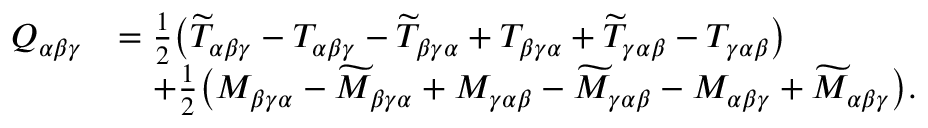
\begin{array} { r l } { Q _ { \alpha \beta \gamma } } & { = \frac { 1 } { 2 } \big ( \widetilde { T } _ { \alpha \beta \gamma } - T _ { \alpha \beta \gamma } - \widetilde { T } _ { \beta \gamma \alpha } + T _ { \beta \gamma \alpha } + \widetilde { T } _ { \gamma \alpha \beta } - T _ { \gamma \alpha \beta } \big ) } \\ & { \quad + \frac { 1 } { 2 } \big ( M _ { \beta \gamma \alpha } - \widetilde { M } _ { \beta \gamma \alpha } + M _ { \gamma \alpha \beta } - \widetilde { M } _ { \gamma \alpha \beta } - M _ { \alpha \beta \gamma } + \widetilde { M } _ { \alpha \beta \gamma } \big ) . } \end{array}